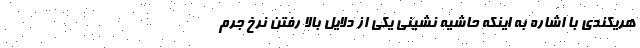
هریکندی با اشاره به اینکه حاشیه نشینی یکی از دلایل بالا رفتن نرخ جرم